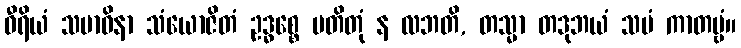
ဝီရိယံ သမာဓိနာ သံယောဇိတံ ဥဒ္ဓစ္စေ ပတိတုံ န လဘတိ, တသ္မာ တဒုဘယံ သမံ ကာတဗ္ဗံ။